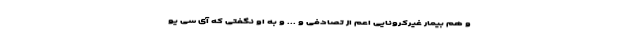
و هم بیمار غیرکرونایی اعم از تصادفی و ... و به او نگفتی که آی سی یو